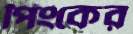
পিংকের